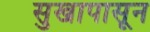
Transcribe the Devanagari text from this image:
सुखापासून